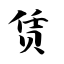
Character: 赁